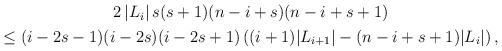
LaTeX: \begin{align*}\begin{gathered}2\left|L_i\right|s(s+1)(n-i+s) (n-i+s+1) \\\leq(i-2s-1)(i-2s)(i-2s+1)\left((i+1)|L_{i+1}| - (n-i+s +1)|L_i|\right),\end{gathered}\end{align*}